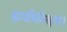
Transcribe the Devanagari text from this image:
इत्यभिविश्रुताः।